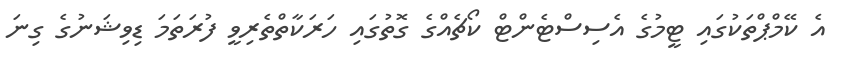
އެ ކޭމްޕްތަކުގައި ޓީމުގެ އެސިސްޓެންޓް ކޯޗެއްގެ ގޮތުގައި ހަރަކާތްތެރިވީ ފުރަތަމަ ޑިވިޝަނުގެ ގިނަ